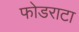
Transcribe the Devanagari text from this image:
फोडराटा